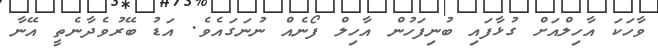
ވާހަކަ އާހިލްއަށް ގުޅާފައި ބުނިފަހުން އާހިލް ފޯނެއް ނުނަގައެވެ. އަޑު ބޭރުވެދާނެތީ އޭނާ